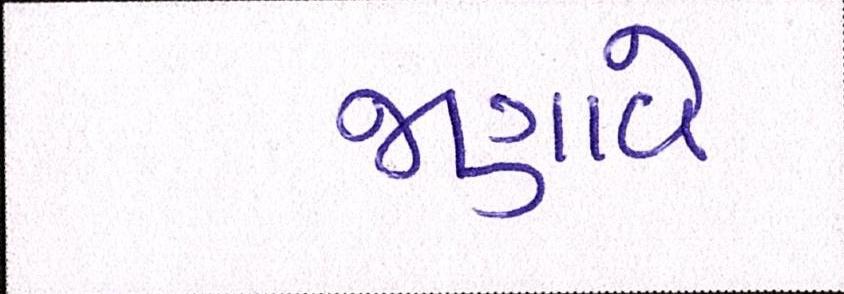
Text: જણાવે